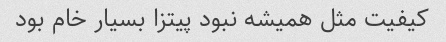
کیفیت مثل همیشه نبود پیتزا بسیار خام بود